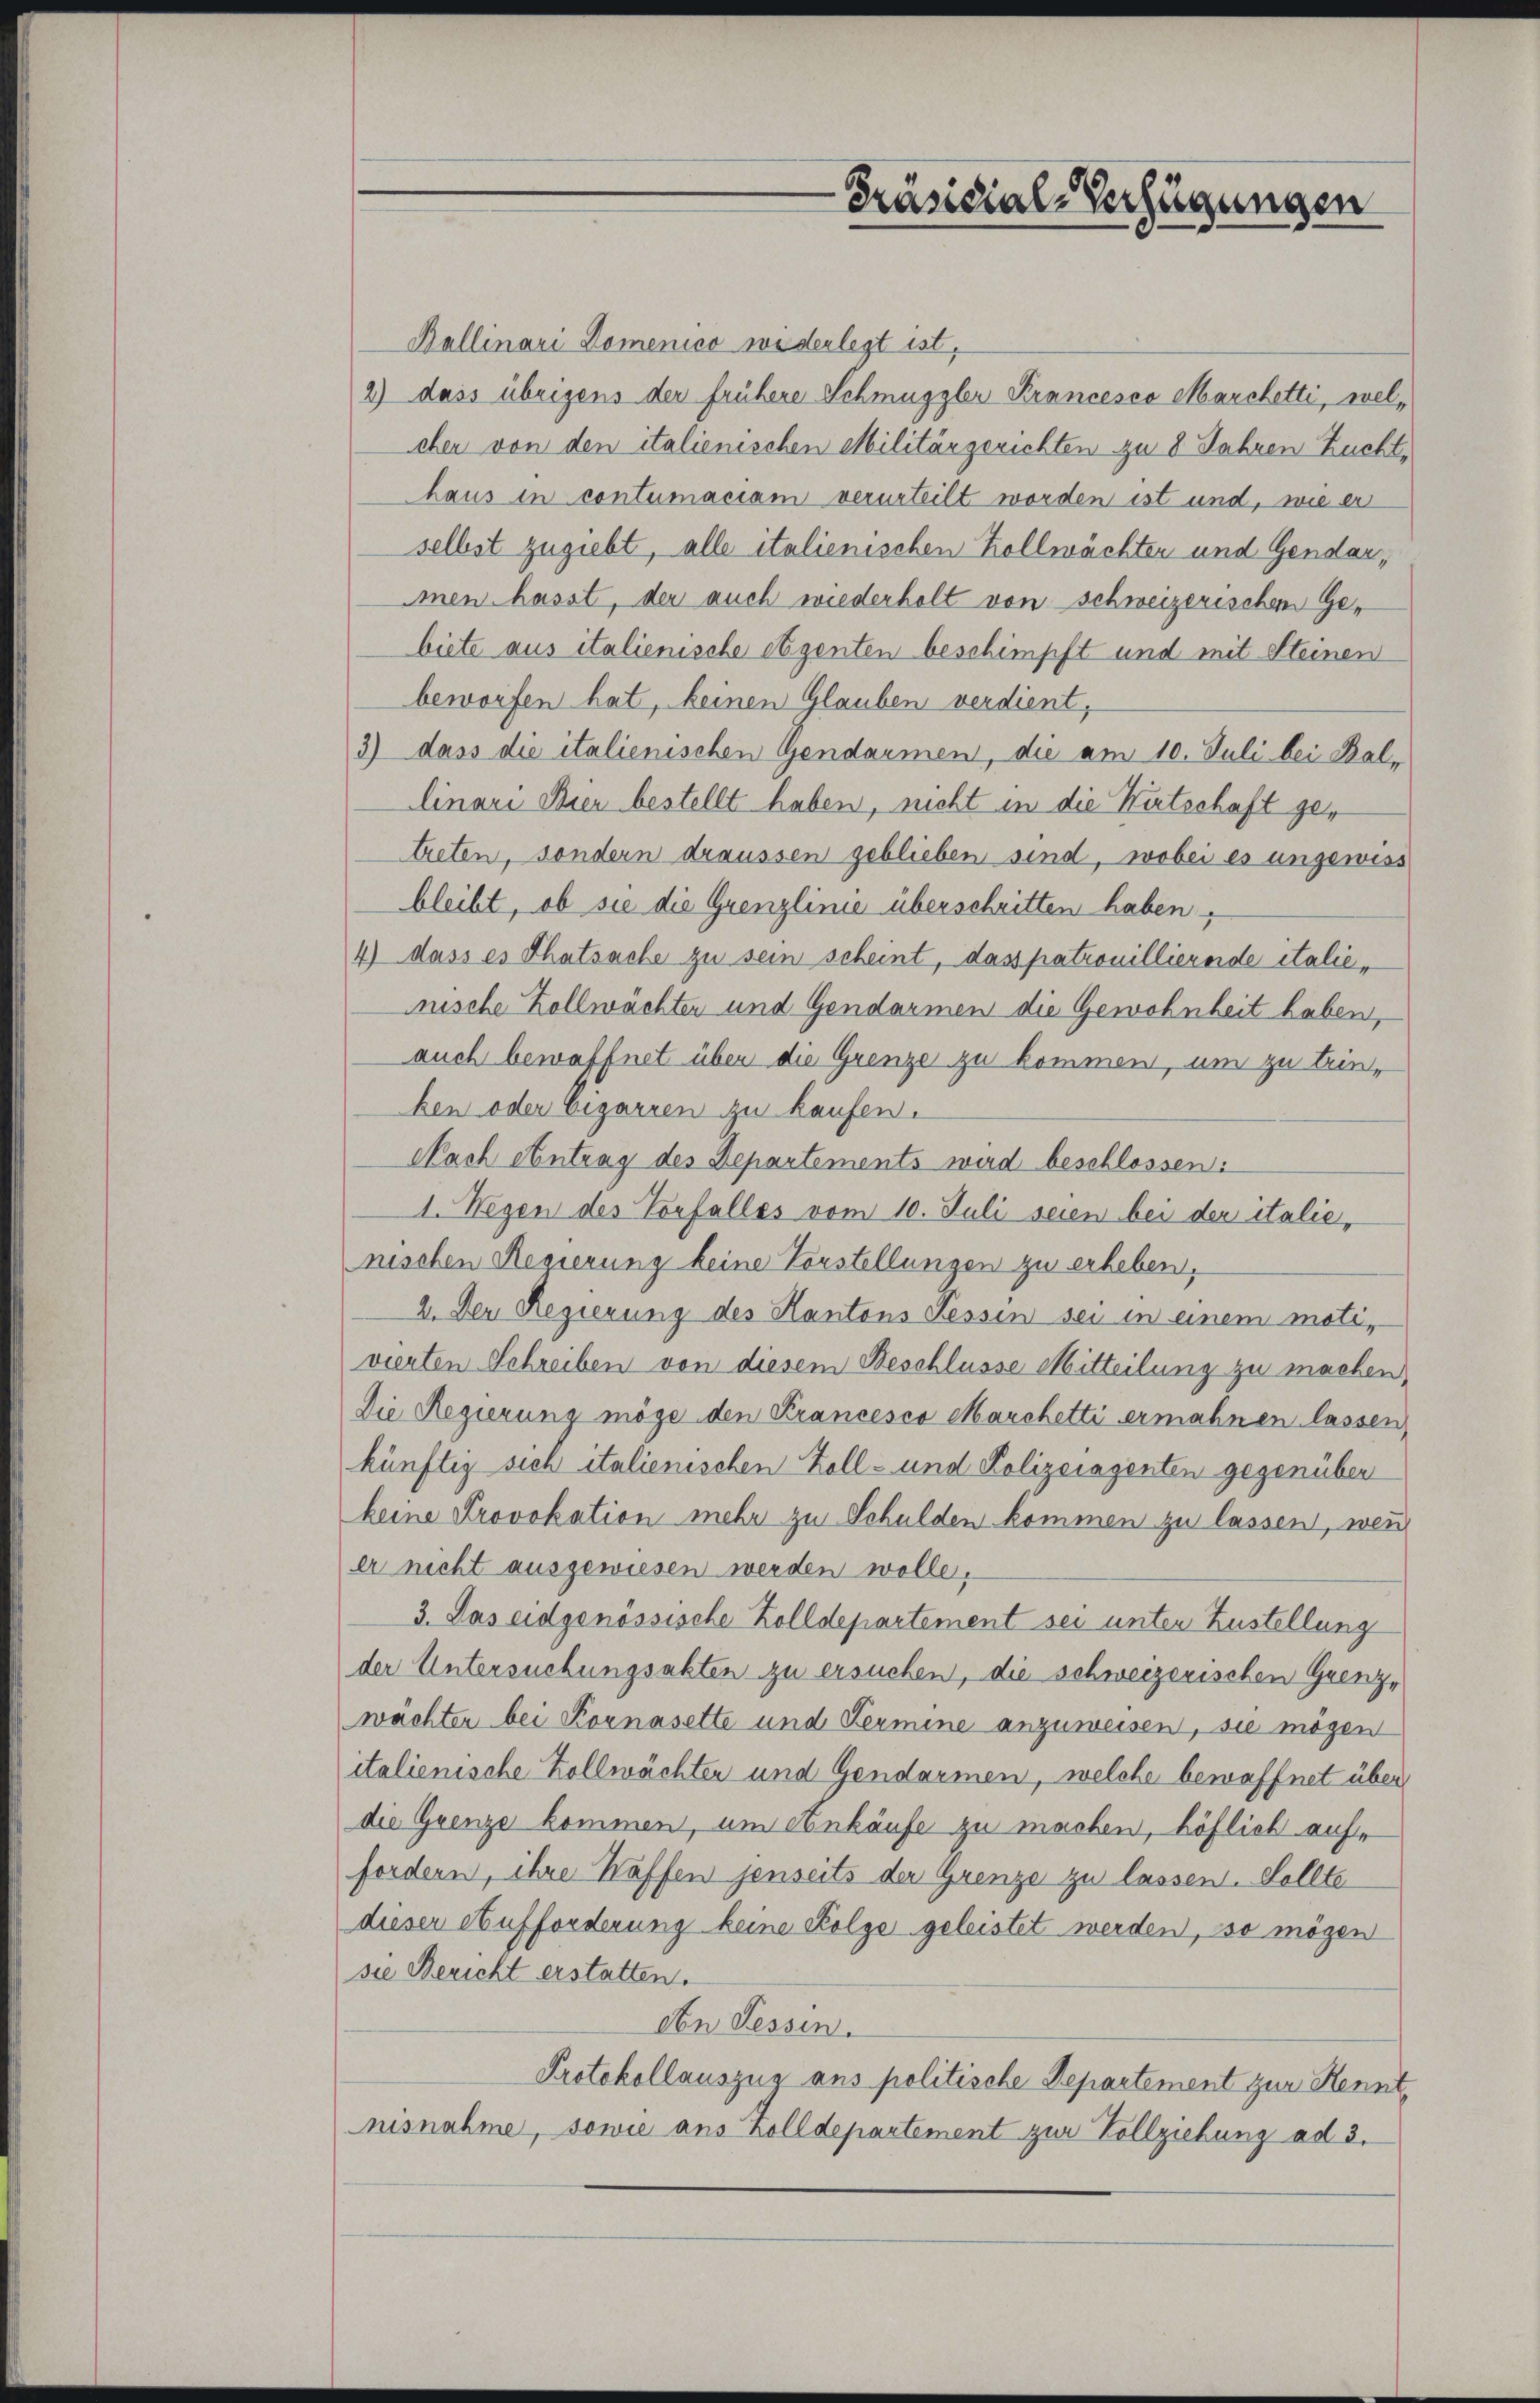
Ballinari Domenico widerlegt ist,
2) dass übrigens der frühere Schmuggler Krancesco Marchetti, welchen von den italienischen Militärgerichten zu 8 Jahren Zucht,
haus in contumaciam verurteilt worden ist und, wie er
selbst zugiebt, alle italienischen Zollwächten und Gendarimen hasst, der auch wiederholt von schweizerischen Gebiete aus italienische Szenten beschimpft und mit Steinen
beworfen hat, keinen Glauben verdient,
3) dass die italienischen Gendarmen, die am 10. Juli bei Ballinari Bier bestellt haben, nicht in die Wirtschaft getreten, sondern draussen geblieben sind, wobei es ungewiss
bleibt, ob sie die Grenzlinie überschritten haben,
4) dass es Thatsache zu sein scheint, dass patrouillierende italienische Zollwächten und Gendarmen die Gewohnheit haben,
auch bewaffnet über die Grenze zu kommen, um zu brinken oder Cigarren zu kaufen.
Nach Antrag des Departements wird beschlossen:
1. Wegen des Vorfalles vom 10. Juli seien bei der italie-
nischen Regierung keine Vorstellungen zu erheben.
2. Der Regierung des Kantons Fessen sei in einem moti,
vierten Schreiben von diesem Beschlüsse Mitteilung zu machen,
Die Regierung möge den Krancesco Marchetti ermahnen lassen,
künftig sich italienischen Zoll- und Polizeiazenten gegenüber
keine Provokation mehr zu Schulden kommen zu lassen, wenn
er nicht ausgewiesen werden wolle.
3. Das eidgenössische Zolldepartement sei unter Zustellung
der Untersuchungsakten zu ersuchen, die schweizerischen Grenzwächter bei Kornasette und Fermine anzuweisen, sie mögen
italienische Zollwächten und Gendarmen, welche bewaffnet über
die Grenze kommen, um Ankäufe zu machen, höflich auffordern, ihre Waffen jenseits der Grenze zu lassen. Sollte
dieser Aufforderung keine Folge geleistet werden, so mögen
sie Bericht erstatten.
den Tessin.
Protokollauszug aus politische Departement zur Kennt,
nisnahme, sowie aus Zolldepartement zur Vollziehung ad 3.

Präsidial-Verfügungen